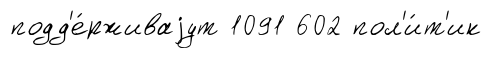
подд'е́рживаjут 1091 602 пол'и́т'ик